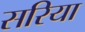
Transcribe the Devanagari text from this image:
सरिया